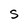
Character: S